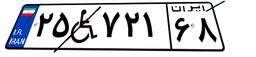
۳۴W۳۲۷۷۹